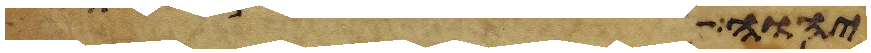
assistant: יהוה אל